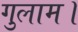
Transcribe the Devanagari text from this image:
गुलाम।